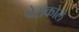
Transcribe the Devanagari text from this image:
पेराकोल